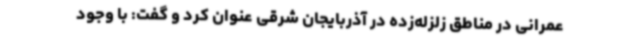
عمرانی در مناطق زلزله‌زده در آذربایجان شرقی عنوان کرد و گفت: با وجود